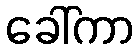
ခေါ်ကာ